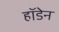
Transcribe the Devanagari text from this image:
हॉडेन